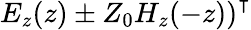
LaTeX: \left.E_{z}(z)\pm Z_{0}H_{z}(-z)\right)^{\intercal}